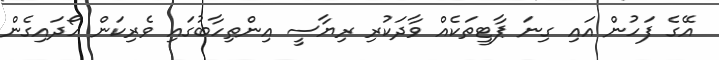
އޭގެ ފަހުން އައި ގިނަ ޕާޓީތަކެއް ވާދަކުރި ރިޔާސީ އިންތިހާބުގައި ވެރިކަން ހޯދައިގެން